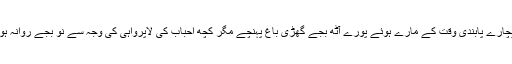
ہم بیچارے پابندیِ وقت کے مارے ہوئے پورے آٹھ بجے گھڑی باغ پہنچے مگر کچھ احباب کی لاپرواہی کی وجہ سے نو بجے روانہ ہوئے۔